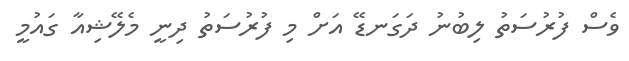
ވެސް ފުރުސަތު ލިބުނު ދަގަނޑޭ އަށް މި ފުރުސަތު ދިނީ މެލޭޝިއާ ގައުމީ